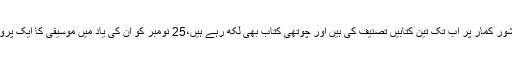
کمل دھیمان، جنہوں نے کشور کمار پر اب تک تین کتابیں تصنیف کی ہیں اور چوتھی کتاب بھی لکھ رہے ہیں،25 نومبر کو ان کی یاد میں موسیقی کا ایک پروگرام کا انعقاد کررہے ہیں۔